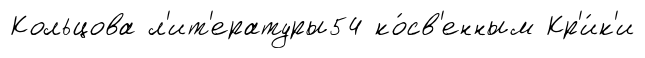
Кольцова л'ит'ературы54 ко́св'енным Кр'и́к'и